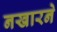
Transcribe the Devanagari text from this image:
नखारने